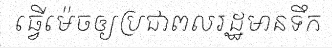
ធ្វើម៉េចឲ្យប្រជាពលរដ្ឋមានទឹក